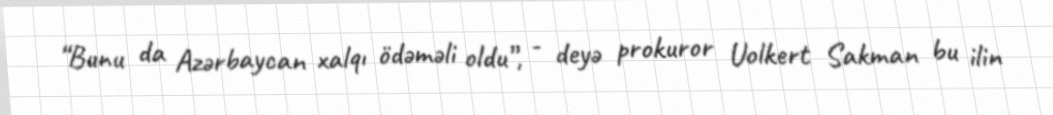
“Bunu da Azərbaycan xalqı ödəməli oldu”, - deyə prokuror Uolkert Sakman bu ilin